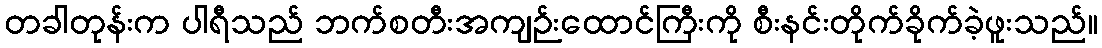
တခါတုန်းက ပါရီသည် ဘက်စတီးအကျဉ်းထောင်ကြီးကို စီးနင်းတိုက်ခိုက်ခဲ့ဖူးသည်။